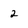
Character: 2